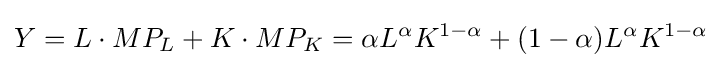
Y=L\cdot MP_{L}+K\cdot MP_{K}=\alpha L^{\alpha }K^{1-\alpha }+(1-\alpha )L^{\alpha }K^{1-\alpha }